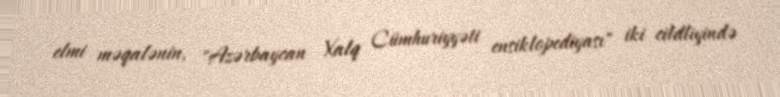
elmi məqalənin, "Azərbaycan Xalq Cümhuriyyəti ensiklopediyası" iki cildliyində